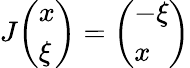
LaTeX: J{\left(\begin{array}{l}{x}\\ {\xi}\end{array}\right)}={\left(\begin{array}{l}{-\xi}\\ {x}\end{array}\right)}